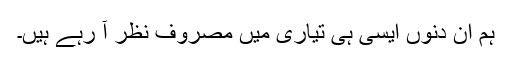
ہم ان دنوں ایسی ہی تیاری میں مصروف نظر آ رہے ہیں۔